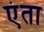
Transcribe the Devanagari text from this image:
एंता